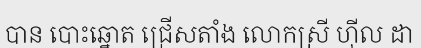
បាន បោះឆ្នោត ជ្រើសតាំង លោកស្រី ហ៊ីល ដា